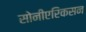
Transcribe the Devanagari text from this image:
सोनीएरिकसन